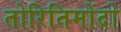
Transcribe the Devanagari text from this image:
तोरितिमोंदो